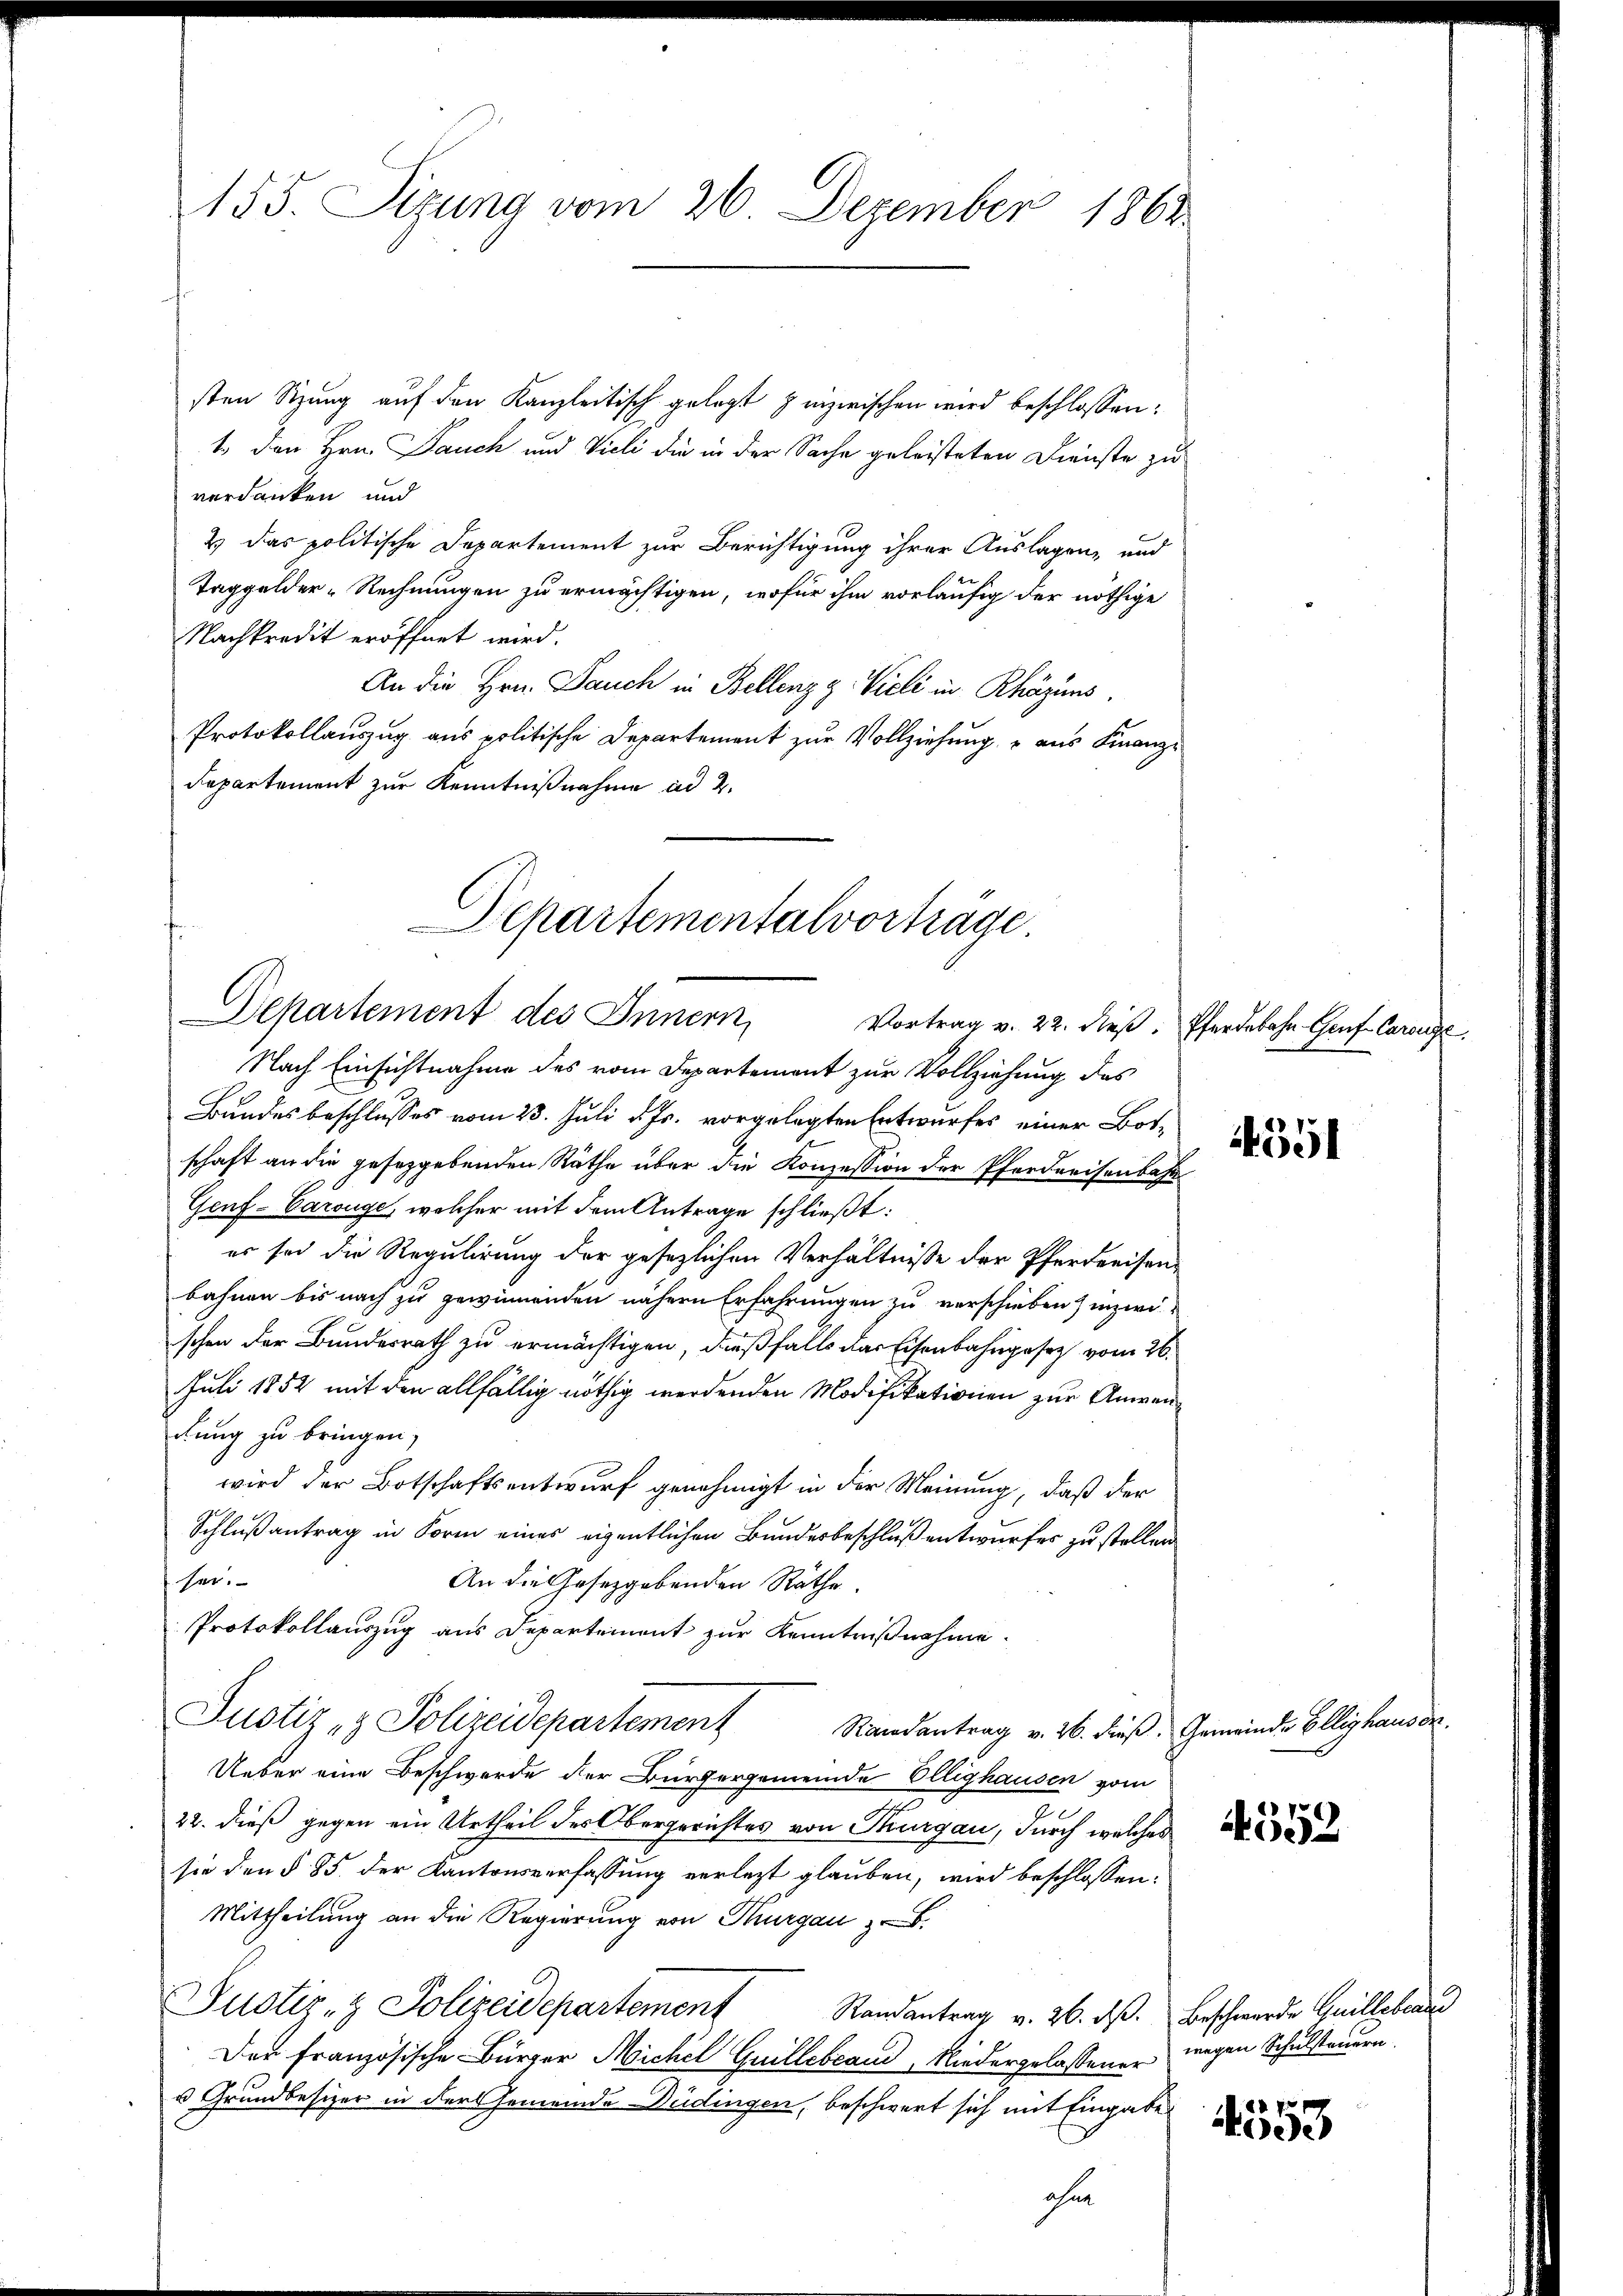
155. Sizung vom 26. Dezember 1862

sten Sitzung auf den Kanzleitisch gelegt inzwischen wird beschlossen:
t den Hrn. Jauch und Vieli die in der Sache geleisteten Dienste zu
verdanken und
2) Das politische Departement zur Berichtigung ihrer Auslagen, und
Taggelder-Rechnungen zu ermächtigen, wofür ihm vorläufig der nöthige
Nachkredit eröffnet wird.
An die Hrn. Dauch in Bellenzg Vieli in Rhäzins.
Protokollauszug aus politische Departement zur Vollziehung, u aus Finanz¬
Departement zur Kenntnißnahme ad 2.

Departementalvorträge.
Departement des Innern,

Nach Einsichtnahme des vom Departement zur Vollziehung des
Bundesbeschlusses vom 23. Juli d. Js. vorgelegten Entwurfes einer Botschaft an die gesetzgebenden Räthe über die Konzession der Pferderisenbahn
Geuf-Carouge, welcher mit dem Antrage schließt:
es sei die Regulirung der gesezlichen Verhältnisse der Pferdreisenbahnen bis nach zu gewinnenden nähern Erfahrungen zu verschieben, inzwi
schen der Bundesrath zu ermächtigen, dießfalls das Eisenbahngesetz vom 26.
Juli 1852 mit den allfällig nöthig werdenden Modifikationen zur Anwendlung zu bringen,
wird der Botschaftsentwurf genehmigt in der Meinung, daß der
Schlußantrag in Form eines eigentlichen Bundesbeschluß entwurfes zu stellen.
sei.
An die Gesetzgebenden Räthe.
Protokollauszug aus Departement zur Kenntnißnahme.
Justiz & Polizeidepartement Randantrag v. 26. dieß. Gemeinde Elliphausor¬
Ueber eine Beschwerde der Bürgergemeinde Ellighausen vom
22. dieß gegen ein Urtheil des Obergerichtes von Thurgau, durch welches
sie den § 85 der Kantonsverfassung verletzt glauben, wird beschlossen:
Mittheilung an die Regierung von Thurgau
Justiz- & Polizeidepartement Randantrag v. 26. ds. Beschwerde Guillebrauc
Der Französische Bürger Michel Guillebrand, Niedergelassener
v Grundbesizer in der Gemeinde Bedingen, beschwert sich mit Eingabe
ohne

Vortrag v. 22. dieβ. Pferdebahn- Genf Carouge
4351

4552

wegen Schulsteuern.